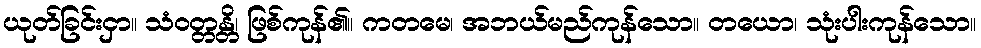
ယုတ်ခြင်းငှာ။ သံဝတ္တန္တိ၊ ဖြစ်ကုန်၏။ ကတမေ၊ အဘယ်မည်ကုန်သော။ တယော၊ သုံးပါးကုန်သော။